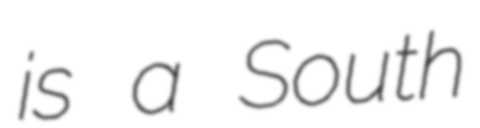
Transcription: is a South